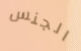
الجنس